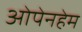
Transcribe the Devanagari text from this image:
ओपेनहेम